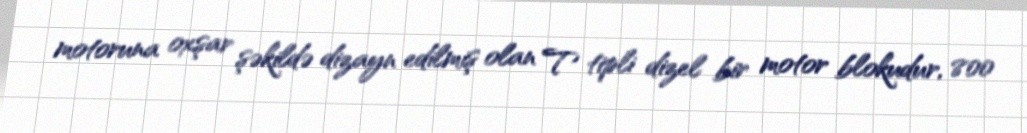
motoruna oxşar şəkildə dizayn edilmiş olan T tipli dizel bir motor blokudur, 800